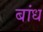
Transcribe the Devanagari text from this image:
बांध्‍ा